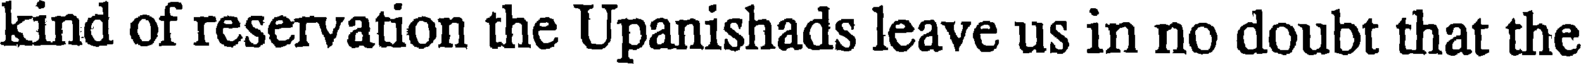
kind of reservation the Upanishads leave us in no doubt that the